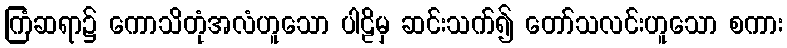
ကြံဆရာ၌ ကောသိတုံအလံဟူသော ပါဠိမှ ဆင်းသက်၍ တော်သလင်းဟူသော စကား